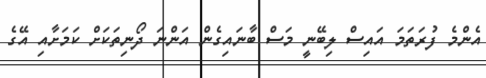
އެންމެ ފުރަތަމަ އައިސް ލިބޭނީ މަސް ބާނައިގެން އަންނަ ދޯނިތަކަށް ކަމަށާއި އޭގެ